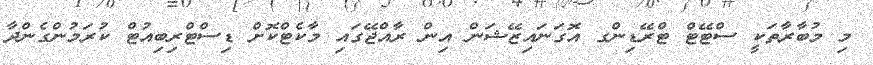
މި މުބާރާތަކީ ސްޓޭޓް ޓްރޭޑިންގ އޮގަނައިޒޭޝަން އިން ރާއްޖޭގައި މާކެޓްކޮށް ޑިސްޓްރިބިއުޓް ކުރަމުންގެންދާ